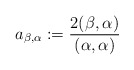
\begin{align*} a_{\beta,\alpha}:=\frac{2(\beta,\alpha)}{(\alpha,\alpha)} \end{align*}